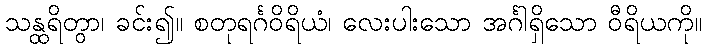
သန္ထရိတွာ၊ ခင်း၍။ စတုရင်္ဂဝိရိယံ၊ လေးပါးသော အင်္ဂါရှိသော ဝီရိယကို။